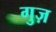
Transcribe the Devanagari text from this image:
गुज़